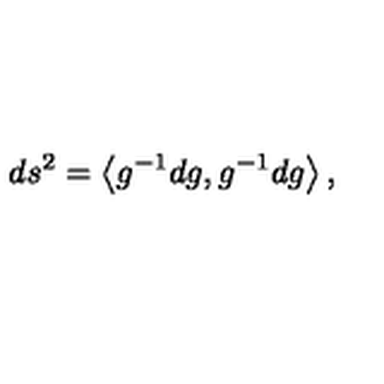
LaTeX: d s ^ { 2 } = \left< g ^ { - 1 } d g , g ^ { - 1 } d g \right> ,